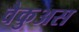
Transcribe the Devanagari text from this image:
वैकुअस